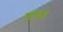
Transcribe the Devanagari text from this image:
उप।